Medical and sanitary report of the native army of Bengal for the year
Year: 1874
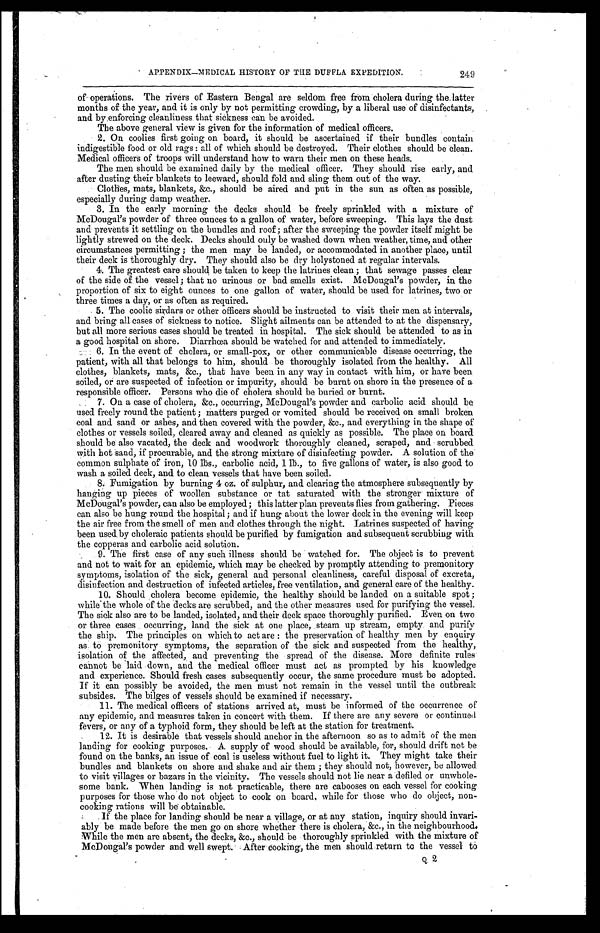
APPENDIX—MEDICAL HISTORY OF THE DUFFLA EXPEDITION. 249
of operations. The rivers of Eastern Bengal are seldom free from cholera during the latter
months of the year, and it is only by not permitting crowding, by a liberal use of disinfectants,
and by enforcing cleanliness that sickness can be avoided.
The above general view is given for the information of medical officers.
2. On coolies first going on board, it should be ascertained if their bundles contain
indigestible food or old rags: all of which should be destroyed. Their clothes should be clean.
Medical officers of troops will understand how to warn their men on these heads.
The men should be examined daily by the medical officer. They should rise early, and
after dusting their blankets to leeward, should fold and sling them out of the way.
Clothes, mats, blankets, &c., should be aired and put in the sun as often as possible,
especially during damp weather.
3. In the early morning the decks should be freely sprinkled with a mixture of
McDougal's powder of three ounces to a gallon of water, before sweeping. This lays the dust
and prevents it settling on the bundles and roof; after the sweeping the powder itself might be
lightly strewed on the deck. Decks should only be washed down when weather, time, and other
circumstances permitting; the men may be landed, or accommodated in another place, until
their deck is thoroughly dry. They should also be dry holystoned at regular intervals.
4. The greatest care should be taken to keep the latrines clean; that sewage passes clear
of the side of the vessel; that no urinous or bad smells exist. McDougal's powder, in the
proportion of six to eight ounces to one gallon of water, should be used for latrines, two or
three times a day, or as often as required.
5. The coolie sirdars or other officers should be instructed to visit their men at intervals,
and bring all cases of sickness to notice. Slight ailments can be attended to at the dispensary,
but all more serious cases should be treated in hospital. The sick should be attended to as in
a good hospital on shore. Diarrhœa should be watched for and attended to immediately.
6. In the event of cholera, or small-pox, or other communicable disease occurring, the
patient, with all that belongs to him, should be thoroughly isolated from the healthy. All
cl ot hes, bl anket s, mat s, &c. , t hat have been i n any way i n cont act wi t h hi m, or have been
soiled, or are suspected of infection or impurity, should be burnt on shore in the presence of a
responsible officer. Persons who die of cholera should be buried or burnt.
7. On a case of cholera, &c., occurring, McDougal's powder and carbolic acid should be
used freely round the patient; matters purged or vomited should be received on small broken
coal and sand or ashes, and then covered with the powder, &c., and everything in the shape of
clothes or vessels soiled, cleared away and cleaned as quickly as possible. The place on board
should be also vacated, the deck and woodwork thoroughly cleaned, scraped, and scrubbed
with hot sand, if procurable, and the strong mixture of disinfecting powder. A solution of the
common sulphate of iron, 10 lbs., carbolic acid, 1 lb., to five gallons of water, is also good to
wash a soiled deck, and to clean vessels that have been soiled.
8. Fumigation by burning 4 oz. of sulphur, and clearing the atmosphere subsequently by
hanging up pieces of woollen substance or tat saturated with the stronger mixture of
McDougal's powder, can also be employed; this latter plan prevents flies from gathering. Pieces
can also be hung round the hospital; and if hung about the lower deck in the evening will keep
the air free from the smell of men and clothes through the night. Latrines suspected of having
been used by choleraic patients should be purified by fumigation and subsequent scrubbing with
the copperas and carbolic acid solution.
9. The first case of any such illness should be watched for. The object is to prevent
and not to wait for an epidemic, which may be checked by promptly attending to premonitory
symptoms, isolation of the sick, general and personal cleanliness, careful disposal of excreta,
disinfection and destruction of infected articles, free ventilation, and general care of the healthy.
10. Should choler
a_ become epidemic, the healthy should be landed on a suitable spot;
while the whole of the decks are scrubbed, and the other measures used for purifying the vessel.
The sick also are to be landed, isolated, and their deck space thoroughly purified. Even on two
or three cases occurring, land the sick at one place, steam up stream, empty and purify
the ship. The principles on which to act are: the preservation of healthy men by enquiry
as to premonitory symptoms, the separation of the sick and suspected from the healthy,
isolation of the affected, and preventing the spread of the disease. More definite rules
cannot be laid down and the medical officer must act as prompted by his knowledge
and experience. Should fresh cases subsequently occur, the same procedure must be adopted.
If it can possibly be avoided, the men must not remain in the vessel until the outbreak
subsides. The bilges of vessels should be examined if necessary.
11. The medical officers of stations arrived at, must be informed of the occurrence of
any epidemic, and measures taken in concert with them. If there are any severe or continued
fevers, or any of a typhoid form, they should be left at the station for treatment.
12. It is desirable that vessels should anchor in the afternoon so as to admit of the men
landing for cooking purposes. A supply of wood should be available, for, should drift not be
found on the banks, an issue of coal is useless without fuel to light it. They might take their
bundles and blankets on shore and shake and air them; they should not, however, be allowed
to visit villages or bazars in the vicinity. The vessels should not lie near a defiled or unwhole
-some bank. When landing is not practicable, there are cabooses on each vessel for cooking
purposes for those who do not object to cook on board, while for those who do object, non-
cooking rations will be obtainable.
If the place for landing should be near a village, or at any station, inquiry should invari
- a b l y b e m a d e b e f o r e t h e m e n g o o n s h o r e w h e t h e r t h e r e i s c h o l e r a , & c . , i n t h e n e i g h b o u r h o o d .
While the men are absent, the decks, &c., should be thoroughly sprinkled with the mixture of
McDougal's powder and well swept. After cooking, the men should return to the vessel to